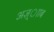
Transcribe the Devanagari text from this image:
अज़्ााब